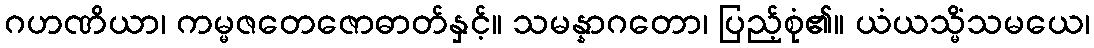
ဂဟဏိယာ၊ ကမ္မဇတေဇောဓာတ်နှင့်။ သမန္နာဂတော၊ ပြည့်စုံ၏။ ယံယသ္မိံသမယေ၊